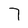
Character: 7